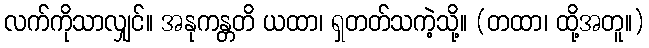
လက်ကိုသာလျှင်။ အနုကန္တတိ ယထာ၊ ရှတတ်သကဲ့သို့။ (တထာ၊ ထို့အတူ။)